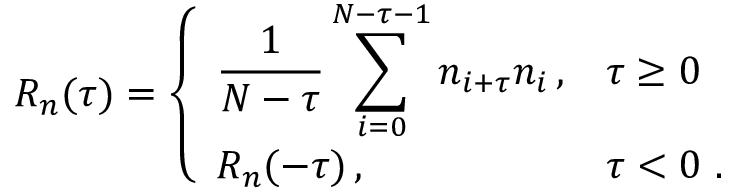
R _ { n } ( \tau ) = \left\{ \begin{array} { l l } { \displaystyle \frac { 1 } { N - \tau } \sum _ { i = 0 } ^ { N - \tau - 1 } n _ { i + \tau } n _ { i } \, , } & { \tau \geq 0 } \\ { R _ { n } ( - \tau ) \, , } & { \tau < 0 \ . } \end{array} \right.